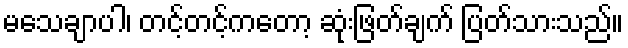
မသေချာပါ၊ တင့်တင့်ကတော့ ဆုံးဖြတ်ချက် ပြတ်သားသည်။